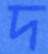
দ